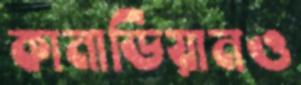
কানাডিয়ানও